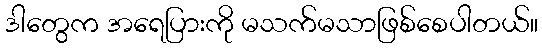
ဒါတွေက အရေပြားကို မသက်မသာဖြစ်စေပါတယ်။